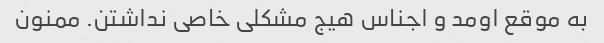
به موقع اومد و اجناس هیج مشکلی خاصی نداشتن. ممنون